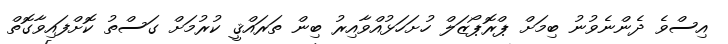
އިސްވެ ދެންނެވުނު ބިމަށް ޕްރޮޕޯޒަލް ހުށަހަޅުއްވާއިރު ބިން ތަރައްޤީ ކުރުމަށް ގަސްތު ކޮށްފައިވާގޮތް